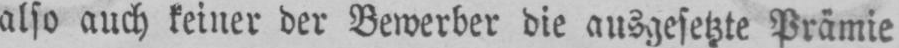
also auch keiner der Bewerber die ausgesetzte Prämie